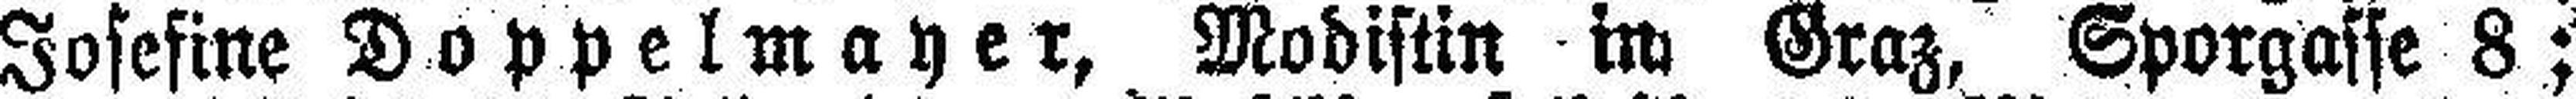
Josefine Doppelmayer, Modistin in, Graz, Sporgasse 8;